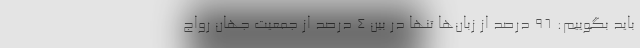
باید بگوییم: ۹۶ درصد از زبان‌ها تنها در بین ۴ درصد از جمعیت جهان رواج